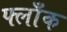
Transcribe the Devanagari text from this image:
फ्लाँक